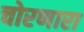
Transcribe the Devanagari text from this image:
चोरणारा